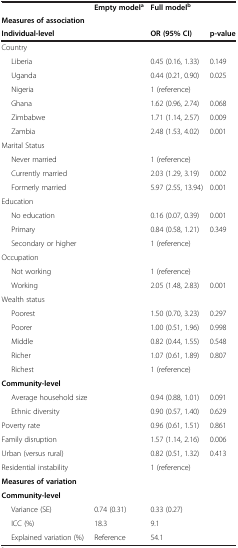
<table><thead><tr><td><b> </b></td><td><b>Empty model<sup>a</sup></b></td><td><b>Full model<sup>b</sup></b></td><td><b> </b></td></tr><tr><td><b>Measures of association</b></td><td><b> </b></td><td><b> </b></td><td><b> </b></td></tr><tr><td><b>Individual-level</b></td><td><b> </b></td><td><b>OR (95% CI)</b></td><td><b>p-value</b></td></tr></thead><tbody><tr><td>Country</td><td> </td><td> </td><td> </td></tr><tr><td>Liberia</td><td> </td><td>0.45 (0.16, 1.33)</td><td>0.149</td></tr><tr><td>Uganda</td><td> </td><td>0.44 (0.21, 0.90)</td><td>0.025</td></tr><tr><td>Nigeria</td><td> </td><td>1 (reference)</td><td> </td></tr><tr><td>Ghana</td><td> </td><td>1.62 (0.96, 2.74)</td><td>0.068</td></tr><tr><td>Zimbabwe</td><td> </td><td>1.71 (1.14, 2.57)</td><td>0.009</td></tr><tr><td>Zambia</td><td> </td><td>2.48 (1.53, 4.02)</td><td>0.001</td></tr><tr><td>Marital Status</td><td> </td><td> </td><td> </td></tr><tr><td>Never married</td><td> </td><td>1 (reference)</td><td> </td></tr><tr><td>Currently married</td><td> </td><td>2.03 (1.29, 3.19)</td><td>0.002</td></tr><tr><td>Formerly married</td><td> </td><td>5.97 (2.55, 13.94)</td><td>0.001</td></tr><tr><td>Education</td><td> </td><td> </td><td> </td></tr><tr><td>No education</td><td> </td><td>0.16 (0.07, 0.39)</td><td>0.001</td></tr><tr><td>Primary</td><td> </td><td>0.84 (0.58, 1.21)</td><td>0.349</td></tr><tr><td>Secondary or higher</td><td> </td><td>1 (reference)</td><td> </td></tr><tr><td>Occupation</td><td> </td><td> </td><td> </td></tr><tr><td>Not working</td><td> </td><td>1 (reference)</td><td> </td></tr><tr><td>Working</td><td> </td><td>2.05 (1.48, 2.83)</td><td>0.001</td></tr><tr><td>Wealth status</td><td> </td><td> </td><td> </td></tr><tr><td>Poorest</td><td> </td><td>1.50 (0.70, 3.23)</td><td>0.297</td></tr><tr><td>Poorer</td><td> </td><td>1.00 (0.51, 1.96)</td><td>0.998</td></tr><tr><td>Middle</td><td> </td><td>0.82 (0.44, 1.55)</td><td>0.548</td></tr><tr><td>Richer</td><td> </td><td>1.07 (0.61, 1.89)</td><td>0.807</td></tr><tr><td>Richest</td><td> </td><td>1 (reference)</td><td> </td></tr><tr><td><b>Community-level</b></td><td> </td><td> </td><td> </td></tr><tr><td>Average household size</td><td> </td><td>0.94 (0.88, 1.01)</td><td>0.091</td></tr><tr><td>Ethnic diversity</td><td> </td><td>0.90 (0.57, 1.40)</td><td>0.629</td></tr><tr><td>Poverty rate</td><td> </td><td>0.96 (0.61, 1.51)</td><td>0.861</td></tr><tr><td>Family disruption</td><td> </td><td>1.57 (1.14, 2.16)</td><td>0.006</td></tr><tr><td>Urban (versus rural)</td><td> </td><td>0.82 (0.51, 1.32)</td><td>0.413</td></tr><tr><td>Residential instability</td><td> </td><td>1 (reference)</td><td> </td></tr><tr><td><b>Measures of variation</b></td><td> </td><td> </td><td> </td></tr><tr><td><b>Community-level</b></td><td> </td><td> </td><td> </td></tr><tr><td>Variance (SE)</td><td>0.74 (0.31)</td><td>0.33 (0.27)</td><td> </td></tr><tr><td>ICC (%)</td><td>18.3</td><td>9.1</td><td> </td></tr><tr><td>Explained variation (%)</td><td>Reference</td><td>54.1</td><td> </td></tr></tbody></table>